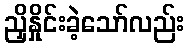
ညှိနှိုင်းခဲ့သော်လည်း